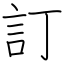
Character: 訂